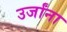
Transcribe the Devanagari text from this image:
उर्जांना